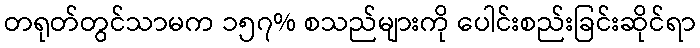
တရုတ်တွင်သာမက ၁၅၇% စသည်များကို ပေါင်းစည်းခြင်းဆိုင်ရာ